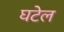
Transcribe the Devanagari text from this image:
घटेल